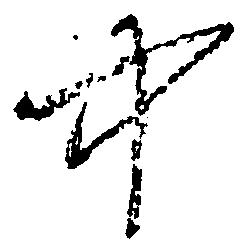
中